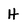
Character: H